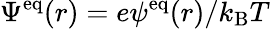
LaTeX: \Psi^{\mathrm{eq}}(r)=e\psi^{\mathrm{eq}}(r)/k_{\mathrm{B}}T